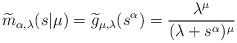
LaTeX: \begin{align*}\widetilde m_{\alpha,\lambda}(s|\mu) &= \widetilde g_{\mu,\lambda}(s^\alpha) = \frac{\lambda^\mu}{(\lambda+s^\alpha)^\mu} \end{align*}